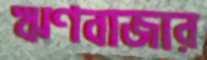
ঋণবাজার